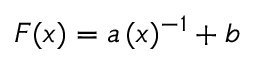
F ( x ) = a \, ( x ) ^ { - 1 } + b